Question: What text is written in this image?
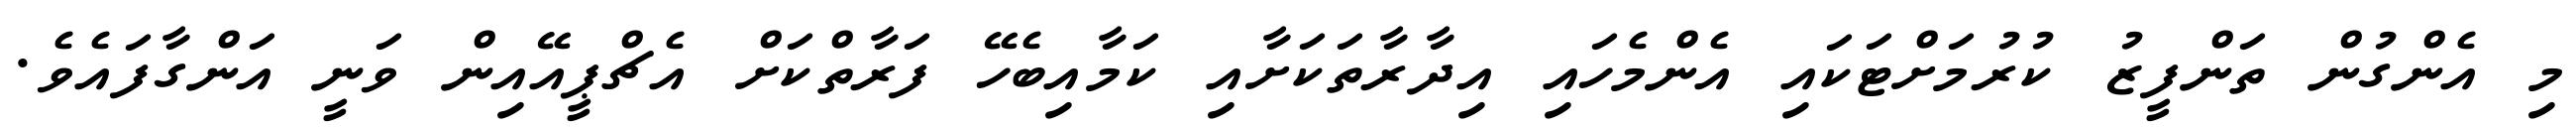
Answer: މި އެންގުން ތަންފީޒު ކުރުމަށްޓަކައި އެންމެހައި އިދާރާތަކަށާއި ކަމާއިބެހޭ ފަރާތްކަށް އެޗްޕީއޭއިން ވަނީ އަންގާފައެވެ.